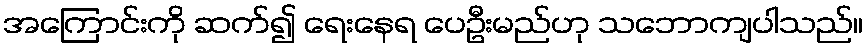
အကြောင်းကို ဆက်၍ ရေးနေရ ပေဦးမည်ဟု သဘောကျပါသည်။